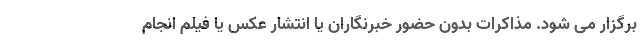
برگزار می شود. مذاکرات بدون حضور خبرنگاران یا انتشار عکس یا فیلم انجام